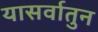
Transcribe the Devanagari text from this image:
यासर्वातुन